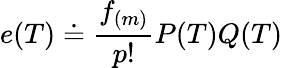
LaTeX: e(T)\doteq\frac{f_{(m)}}{p!}P(T)Q(T)